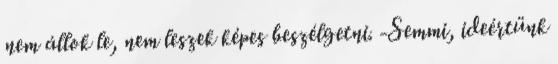
nem állok le, nem leszek képes beszélgetni. -Semmi, ideértünk